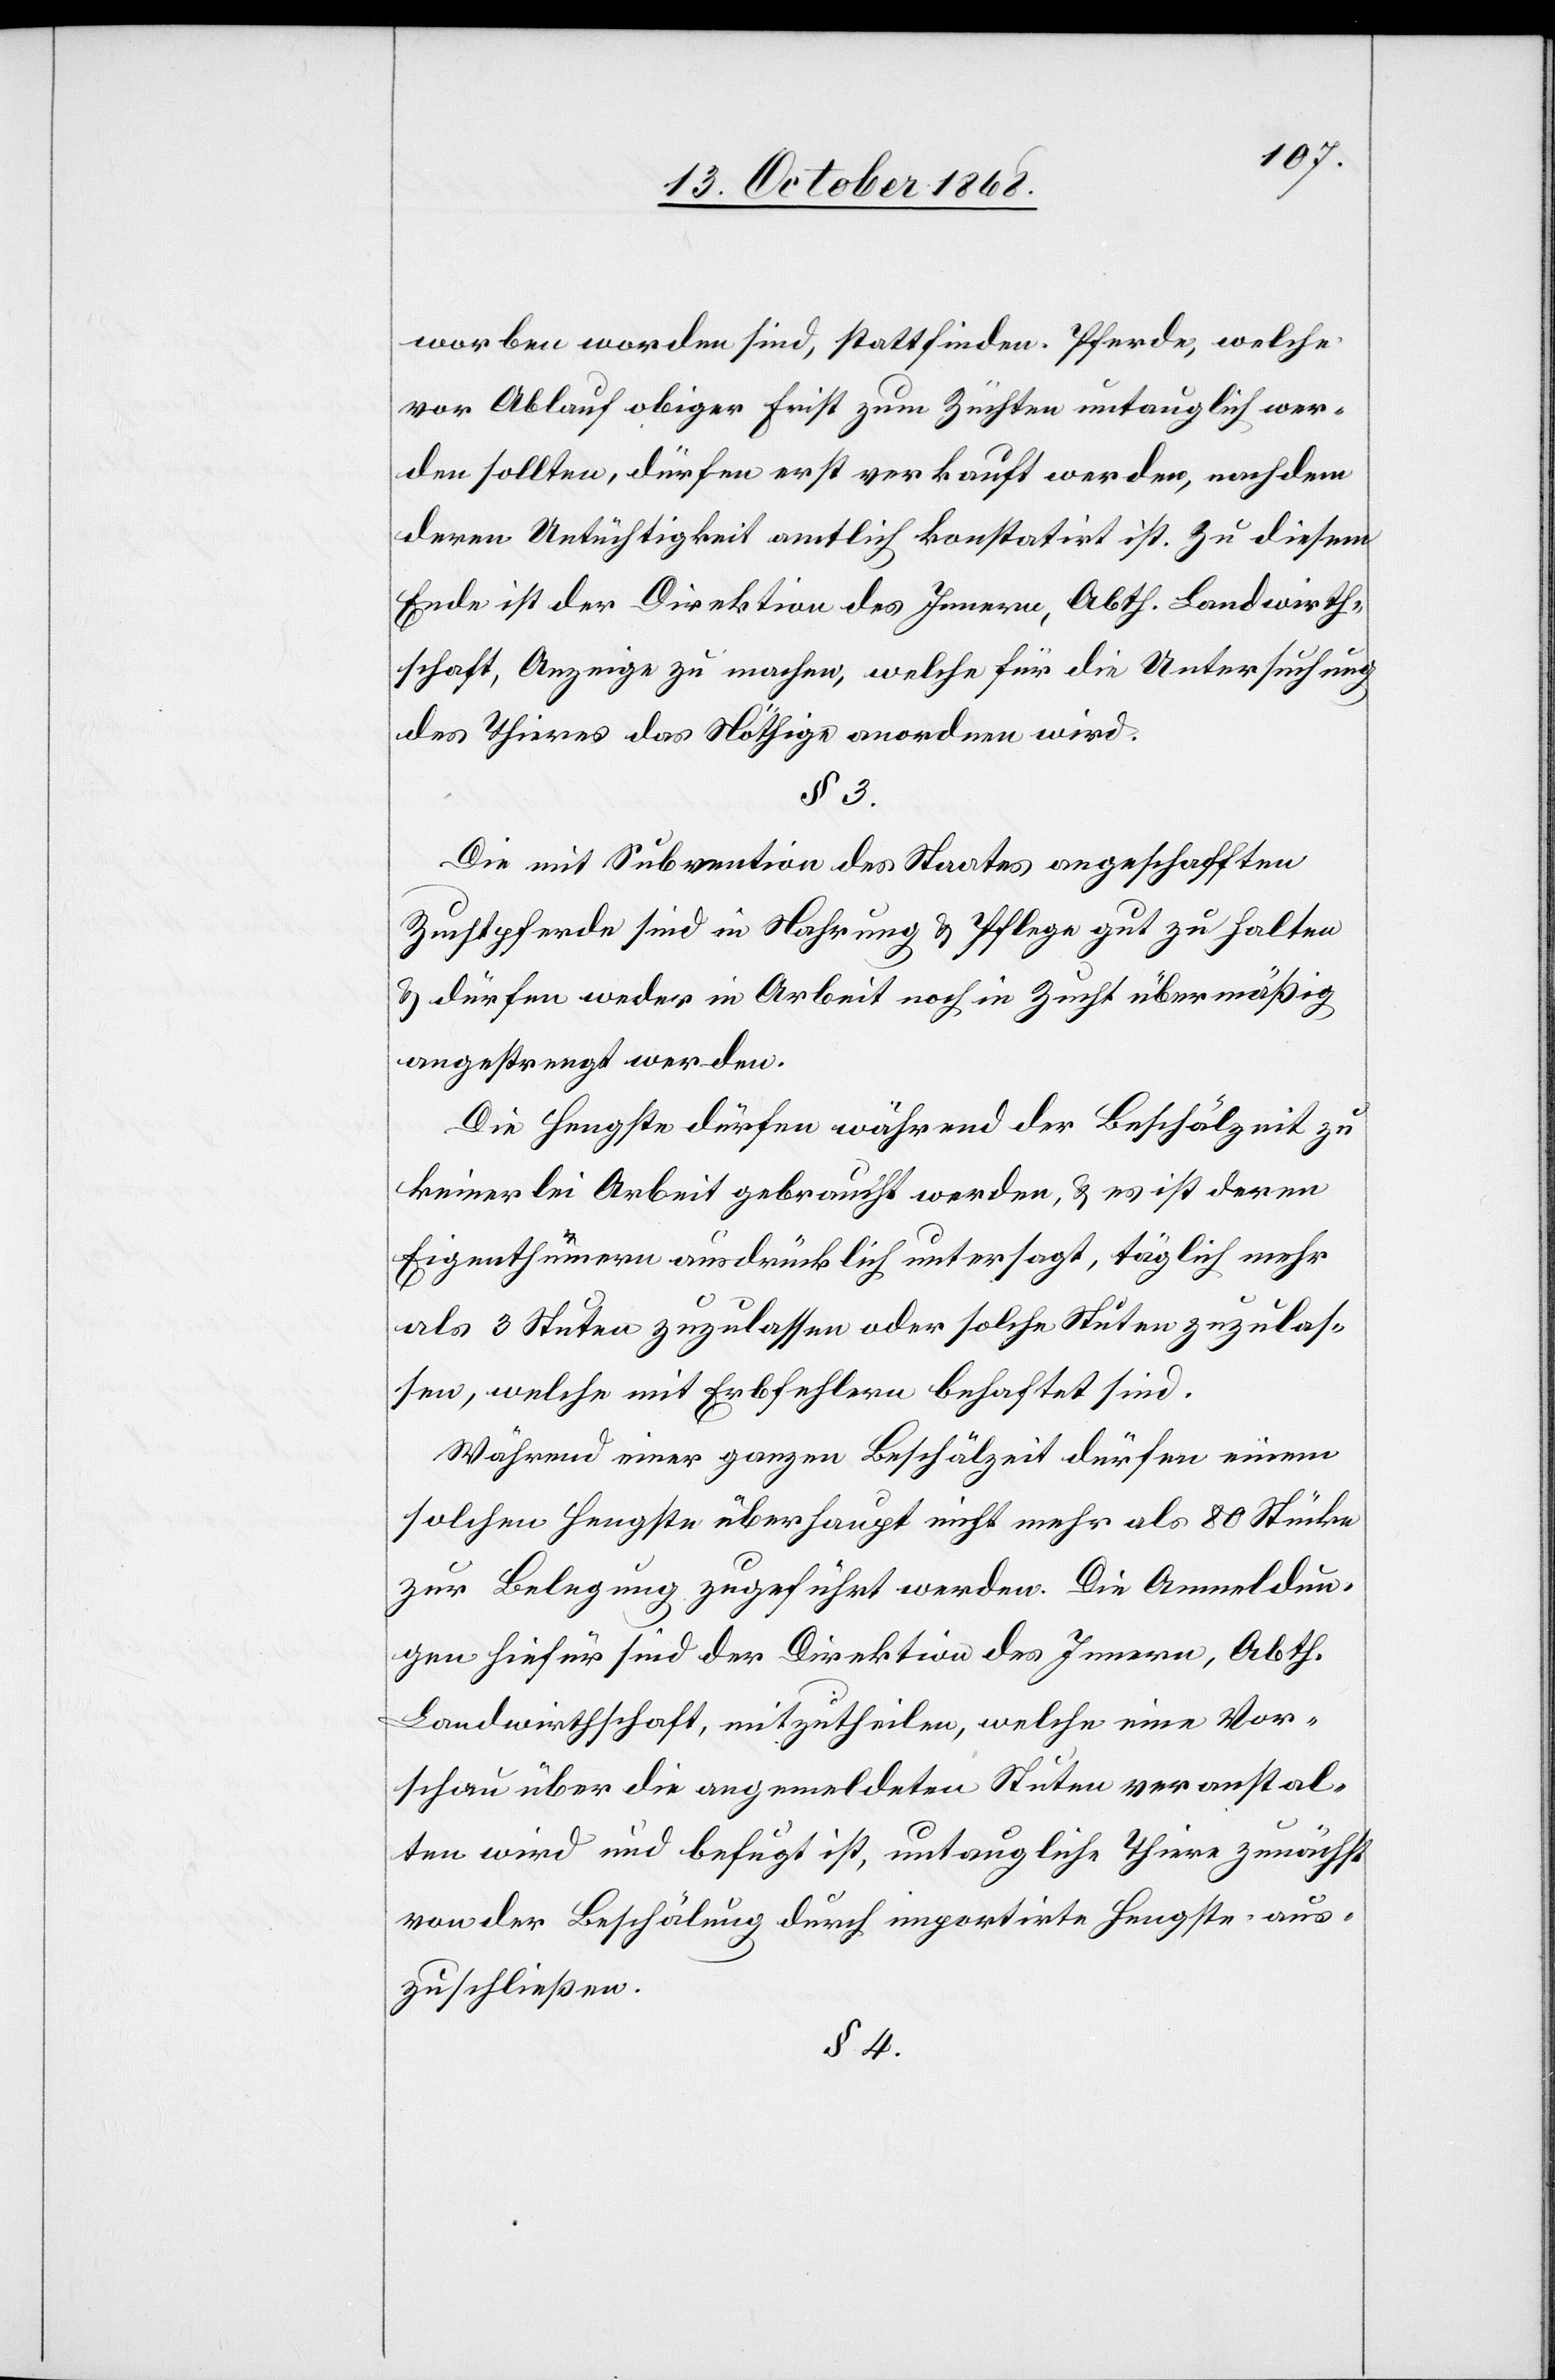
worben worden sind, stattfinden. Pferde, welche
vor Ablauf obiger Frist zum Züchten untauglich wer¬
den sollten, dürfen erst verkauft werden, nachdem
deren Untüchtigkeit amtlich konstatirt ist. Zu diesem
Ende ist der Direktion des Innern, Abth. Landwirth¬
schaft, Anzeige zu machen, welche für die Untersuchung
des Thieres das Nöthige anordnen wird.
Die mit Subvention des Staates angeschafften
Zuchtpferde sind in Nahrung & Pflege gut zu halten
& dürfen weder in Arbeit noch in Zucht übermäßig
angestrengt werden.
Die Hengste dürfen während der Beschälzeit zu
keinerlei Arbeit gebraucht werden, & es ist deren
Eigenthümern ausdrücklich untersagt, täglich mehr
als 3 Stuten zuzulassen oder solche Stuten zuzulas¬
sen, welche mit Erbfehlern behaftet sind.
Während einer ganzen Beschälzeit dürfen einem
solchen Hengste überhaupt nicht mehr als 80 Stücke
zur Belegung zugeführt werden. Die Anmeldun¬
gen hiefür sind der Direktion des Innern, Abth.
Landwirthschaft, mitzutheilen, welche eine Vor¬
schau über die angemeldeten Stuten veranstal¬
ten wird und befugt ist, untaugliche Thiere zunächst
von der Beschälung durch importirte Hengste aus¬
zuschließen.
§ 4.